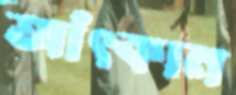
আঁৎকান